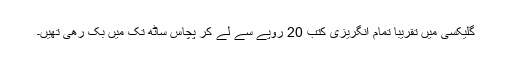
گلیکسی میں تقریباً تمام انگریزی کتب 20 روپے سے لے کر پچاس ساٹھ تک میں بک رھی تھیں۔